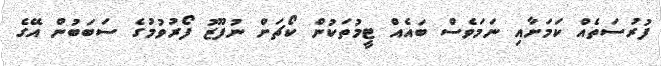
ފުރުސަތެއް ކަމަށާއި ނަމަވެސް ބައެއް ޓީމުތަކުން ކޯޗަށް ނުފޫޒު ފޯރުވުމުގެ ސަބަބުން އޭގެ